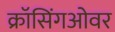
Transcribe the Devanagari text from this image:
क्रॉसिंगओवर